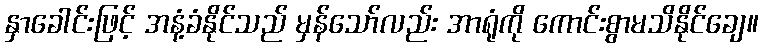
နှာခေါင်းဖြင့် အနံ့ခံနိုင်သည် မှန်သော်လည်း အာရုံကို ကောင်းစွာမသိနိုင်ချေ။